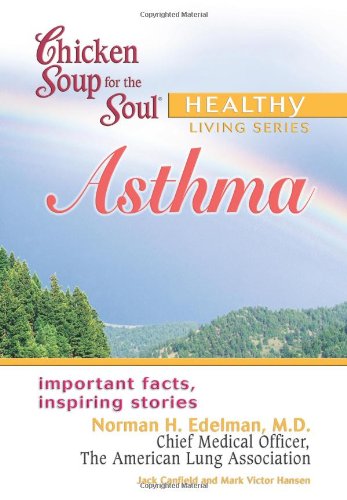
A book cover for Chicken Soup for the Soul Healthy Living Series: Asthma: important facts, inspiring stories; Jack Canfield; Health, Fitness & Dieting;